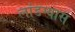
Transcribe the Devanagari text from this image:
लांडग्यास